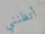
أتظنني